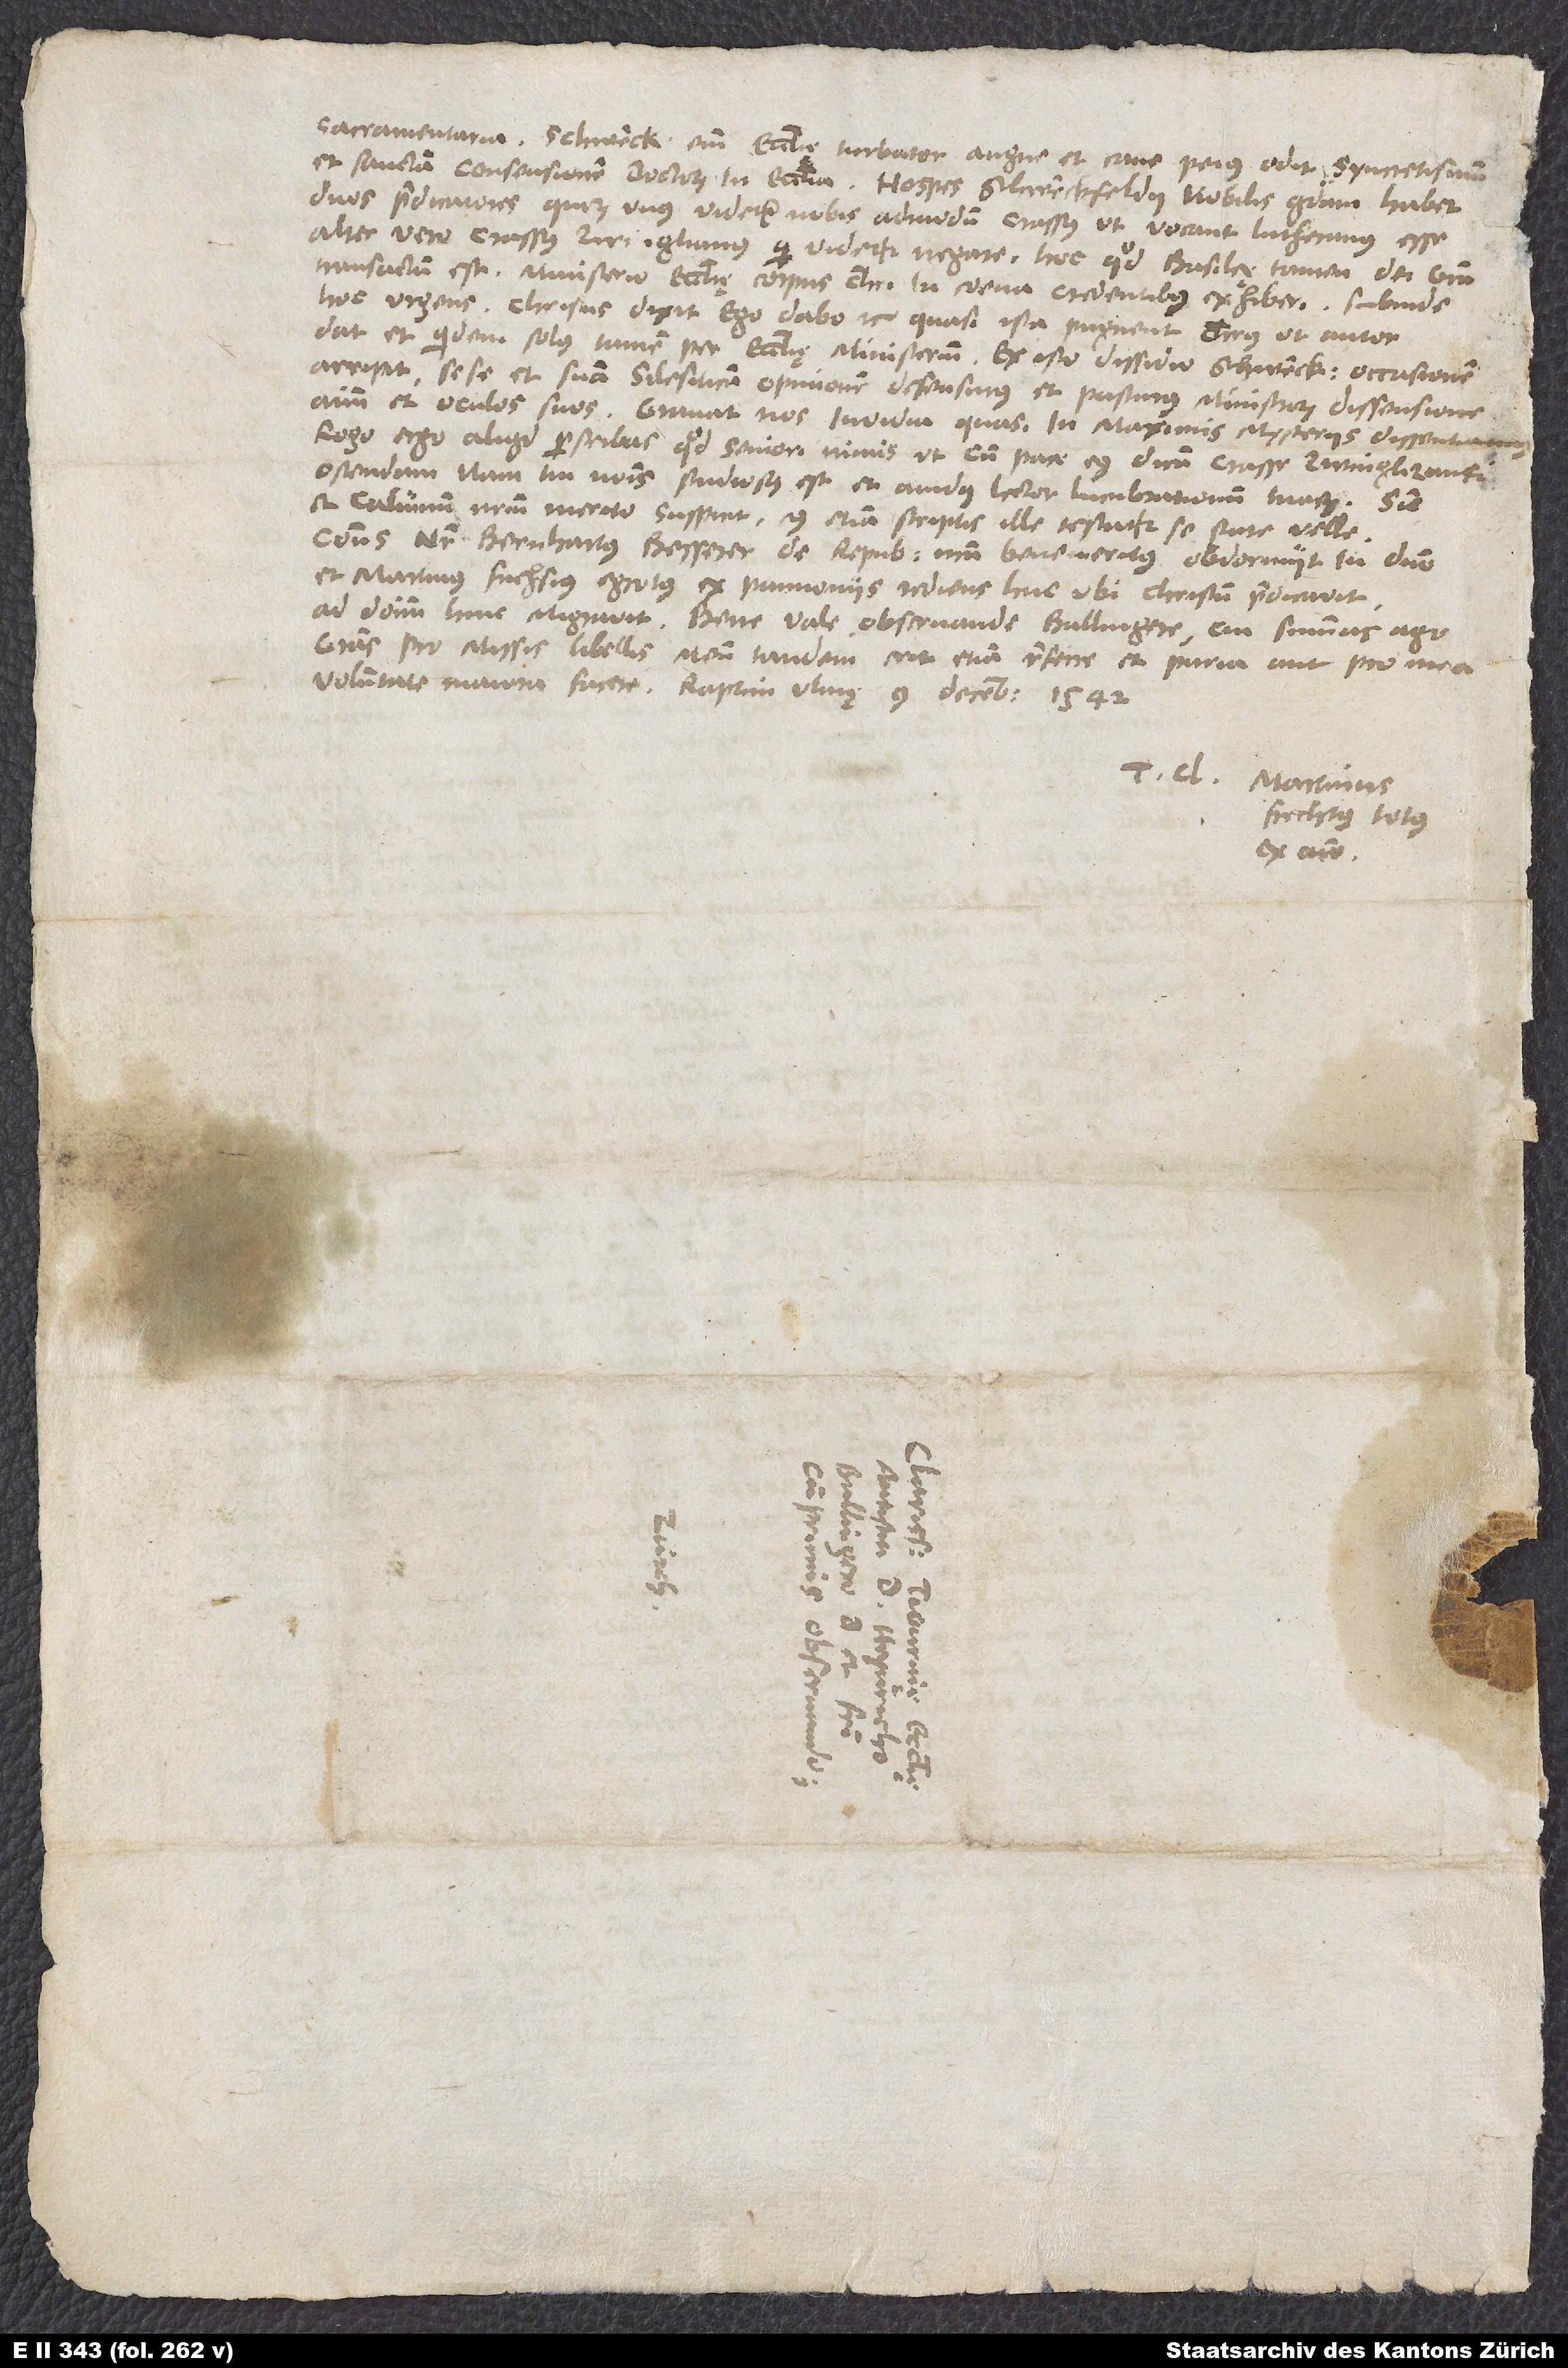
dat et quidem solus, tamen per ecclesię ministerium. Ex isto dissidio Schwenck occasionem
arripit sese et suam Silesiacam opinionem defensurus et pasturus ministrorum dissensione
animum et oculos suos. Gravat nos invidia, quasi in maximis mysteriis dissentiamus.
Rogo ergo, aliquid perscribas, quod seniori nimis, ut cum pace eius dicam, crasse zwinglizanti
ostendam. Nam tui nominis studiosus est et avidus lector lucubrationum tuarum. Sic
et Calvinum nostrum merito suspicit, cuius etiam scriptis ille testatur se stare velle.
Consul noster Bernhartus Besserer de republica nostra bene meritus obdormiit in domino,
et Martinus Fuchsius egrotus ex Pannoniis rediens huc, ubi Christum predicavit,
ad dominum hinc migravit. Bene vale, observande Bullingere, cui summas ago
gratias pro missis libellis; meum tandem erit etiam referre et paria aut pro mea
voluntate maiora facere. Raptim, Ulmę, 9. decembris 1542.
T Martinus
Frechtus totus
ex animo.